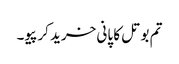
تم بوتل کا پانی خرید کر پیو۔